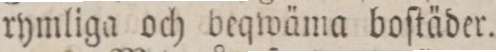
rymliga och beqwäma boſtäder.